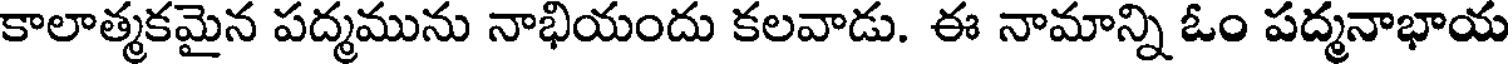
కాలాత్మకమైన పద్మమును నాభియందు కలవాడు. ఈ నామాన్ని ఓం పద్మనాభాయ